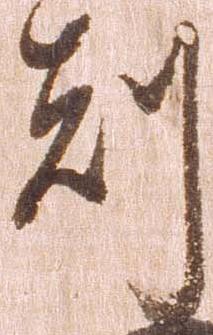
剋